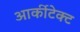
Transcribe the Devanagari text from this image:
आर्कीटेक्ट